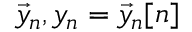
{ \vec { y } } _ { n } , y _ { n } = { \vec { y } } _ { n } [ n ]